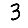
Digit: 3